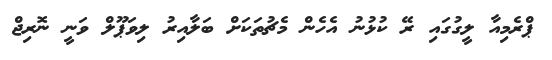
ޕްރެމިއާ ލީގުގައި ރޭ ކުޅުނު އެހެން މެޗުތަކަށް ބަލާއިރު ލިވަޕޫލް ވަނީ ނޮރިޖް